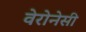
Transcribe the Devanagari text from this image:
वेरोनेसी